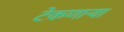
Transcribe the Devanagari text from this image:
टेकणार्‍या